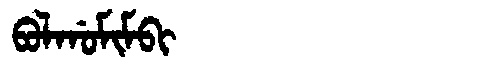
Manchu: ᠪᠣᠯᡤᠣᠮᡳᠮᠪᡳ
Romanization: BOLGOMIMBI